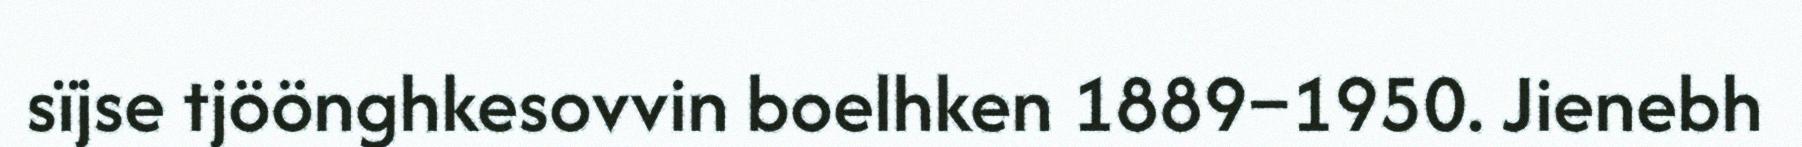
sïjse tjöönghkesovvin boelhken 1889–1950. Jienebh